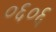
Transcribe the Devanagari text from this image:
०६०६